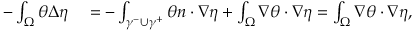
\begin{array} { r l } { - \int _ { \Omega } \theta \Delta \eta } & { { } = - \int _ { \gamma ^ { - } \cup \gamma ^ { + } } \theta n \cdot \nabla \eta + \int _ { \Omega } \nabla \theta \cdot \nabla \eta = \int _ { \Omega } \nabla \theta \cdot \nabla \eta , } \end{array}